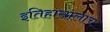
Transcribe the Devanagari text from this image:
इतिहासालाच